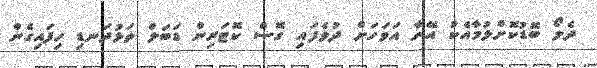
ދެލޯ ބޮޑުކޮށްލުމާއެކު އޭނާ އަވަހަށް ދުވެފައި ގޮސް ކޮޓަރިން ޑަބަލް ތަޅުދަނޑި ހިފައިގެން